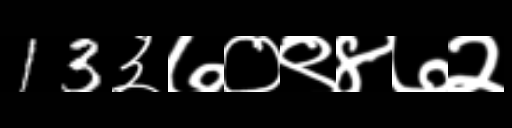
Text: 13३७०९४७२